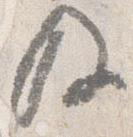
及